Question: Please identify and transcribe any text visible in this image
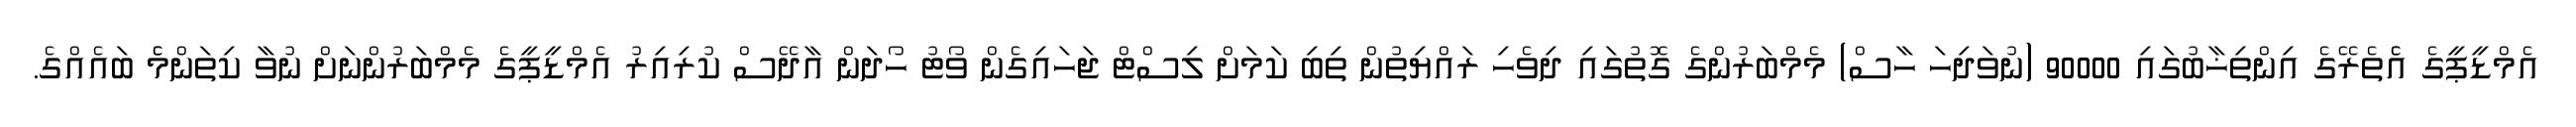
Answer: އެމްޑީޕީގެ އެެތެރޭގެ އިންތިޚާބުގައި 90000 (ނުވަދިހަ ހާސް) މެމްބަރުންގެ ގޮތުގައި ދިވެހި ރައްޔިތުން ތިބި ކަމަށް ލިސްޓް ޖަހައިގެން ވޯޓު ހޯދަން އާދޭސް ކުރިއިރު އެމްޑީޕީގެ މެމްބަރުންނަށް ނުވާ ކިތަންމެެ ބައެއްގެ.